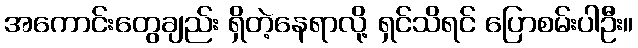
အကောင်းတွေချည်း ရှိတဲ့နေရာလို့ ရှင်သိရင် ပြောစမ်းပါဦး။